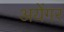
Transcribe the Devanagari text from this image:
अयेंगर